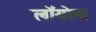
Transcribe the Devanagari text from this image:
लॉयोला